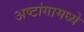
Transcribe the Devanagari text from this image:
अष्टांगामध्ये